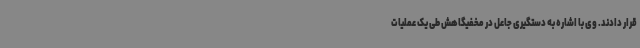
قرار دادند. وی با اشاره به دستگیری جاعل در مخفیگاهش طی یک عملیات